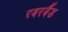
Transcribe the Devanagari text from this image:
रबरबैंड